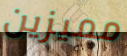
مميزين